Vaccine operations Central Provinces & Berar 1922-1929 - 1922-1929
Year: 1922
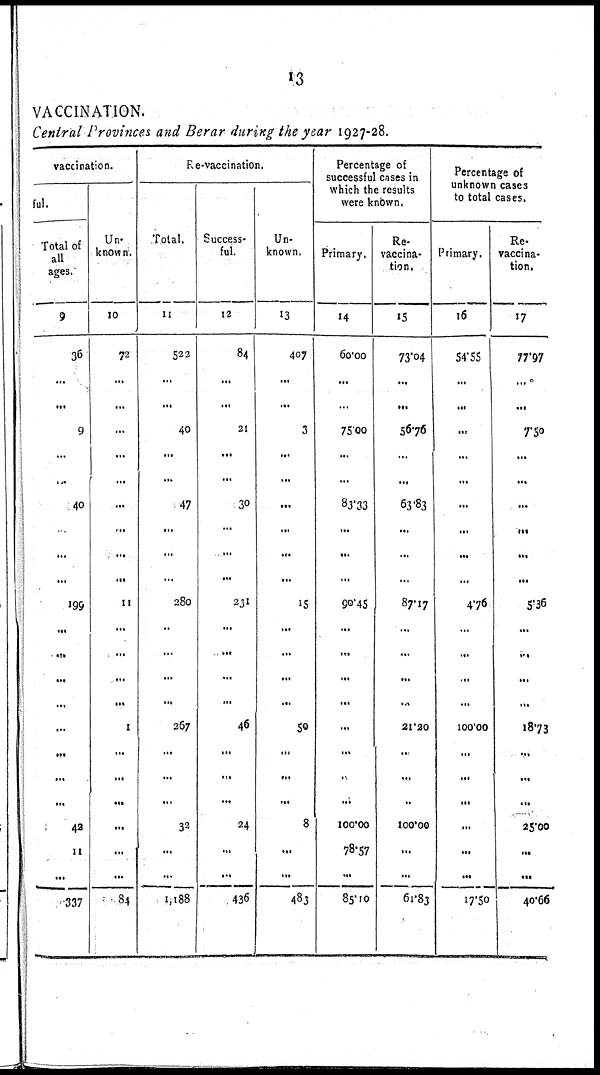
13
VACCINATION.
Central Provinces and Berar during the year 1927-28.
vaccination.
ful.
Total of
all
ages.
9
36
...
...
9
...
...
40
...
...
...
199
...
...
...
...
...
...
...
...
42
11
...
337
Un-
known.
10
72
...
...
...
...
...
...
...
...
...
11
...
...
...
...
1
...
...
...
...
...
...
84
Re-vaccination.
Total.
11
522
...
...
40
...
...
47
...
...
...
280
...
...
...
...
267
...
...
...
32
...
...
1,188
Success-
ful.
12
84
...
...
21
...
...
30
...
...
...
231
...
...
...
...
46
...
...
...
24
...
...
436
Un-
known.
13
407
...
...
3
...
...
...
...
...
...
15
...
...
...
...
50
...
...
...
8
...
...
483
Percentage of
successful cases in
which the results
were known.
Primary.
14
60.00
...
...
75.00
...
...
83.33
...
...
...
90.45
...
...
...
...
...
...
...
...
100.00
78.57
...
85.10
Re-
vaccina-
tion.
15
73.04
...
...
56.76
...
...
63.83
...
...
...
87.17
...
...
...
...
21.20
...
...
...
100.00
...
...
61.83
Percentage of
unknown cases
to total cases.
Primary.
16
54.55
...
...
...
...
...
...
...
...
...
4.76
...
...
...
...
100.00
...
...
...
...
...
...
17.50
Re-
vaccina-
tion.
17
77.97
...
...
7.50
...
...
...
...
...
...
5.36
...
...
...
...
18.73
...
...
...
25.00
...
...
40.66